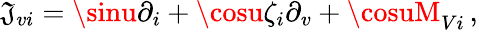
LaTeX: \mathfrak{J}_{vi}=\sinu\partial_{i}+\cosu\zeta_{i}\partial_{v}+\cosuM_{Vi}\, ,